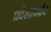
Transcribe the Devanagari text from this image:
प्रदेशाबाहेर